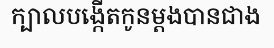
ក្បាលបង្កើតកូនម្តងបានជាង